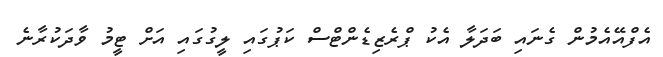
އެފްއޭއެމުން ގެނައި ބަދަލާ އެކު ޕްރެޒިޑެންޓްސް ކަޕުގައި ލީގުގައި އަށް ޓީމު ވާދަކުރާނެ